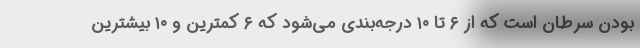
بودن سرطان است که از ۶ تا ۱۰ درجه‌بندی می‌شود که ۶ کمترین و ۱۰ بیشترین